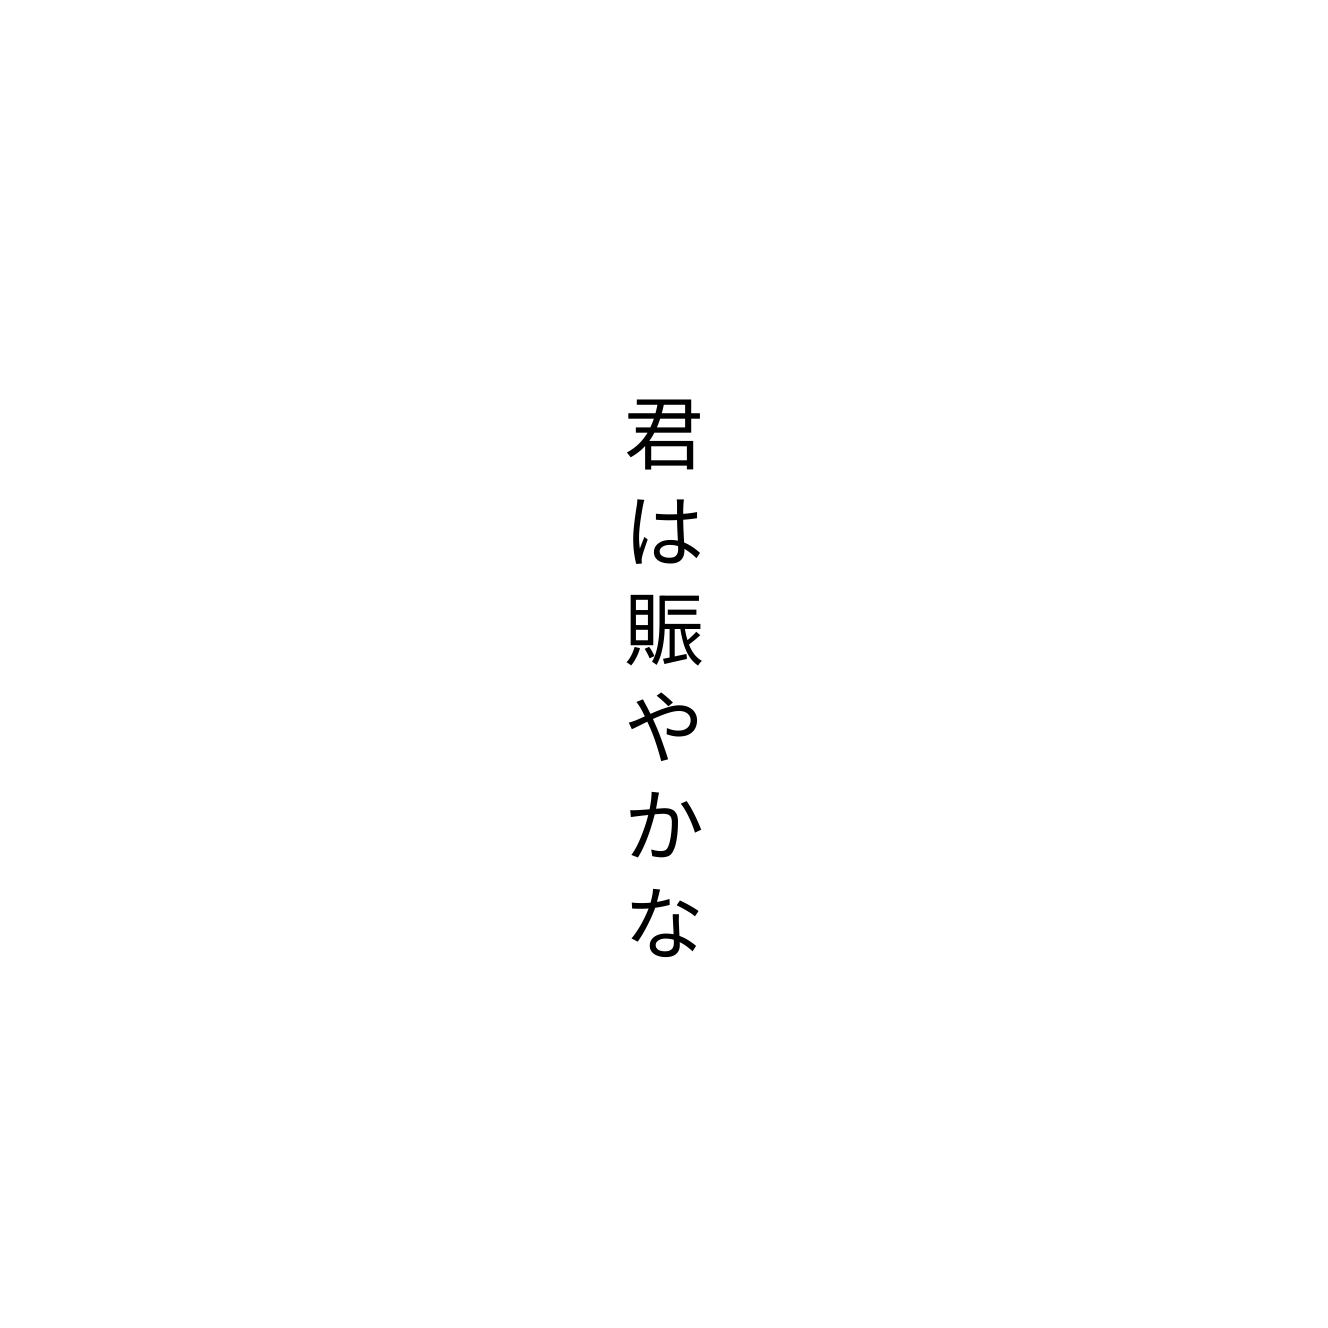
君は賑やかな